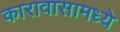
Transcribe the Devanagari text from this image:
कारावासामध्ये